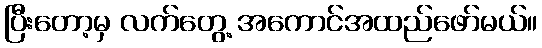
ပြီးတော့မှ လက်တွေ့ အကောင်အထည်ဖော်မယ်။